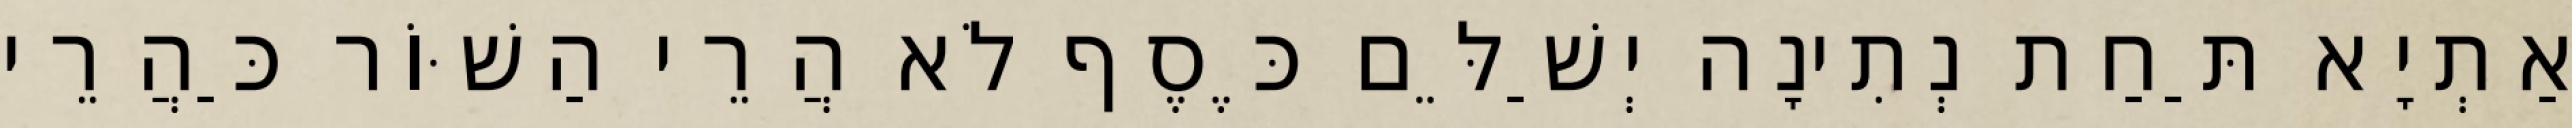
אַתְיָא תַּחַת נְתִינָה יְשַׁלֵּם כֶּסֶף לֹא הֲרֵי הַשּׁוֹר כַּהֲרֵי